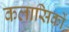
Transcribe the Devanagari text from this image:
कलासिकों